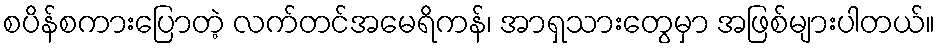
စပိန်စကားပြောတဲ့ လက်တင်အမေရိကန်၊ အာရှသားတွေမှာ အဖြစ်များပါတယ်။